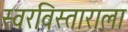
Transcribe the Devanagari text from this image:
स्वरविस्ताराला